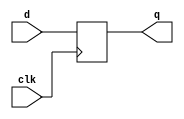
module flip_flop (
    input wire clk,
    input wire d,
    output reg q
);
    always @(posedge clk) begin
        #5 q <= d; // Introduce a 5 ns delay before assigning d to q
    end
endmodule